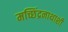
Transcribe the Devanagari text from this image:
मच्छिंद्रनाथाशी